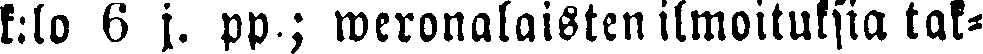
k:lo 6 j. pp,; weronalaisten ilmoituksia tal-